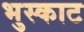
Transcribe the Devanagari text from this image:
भुस्काट